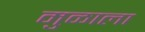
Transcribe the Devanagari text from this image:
मुळाला